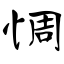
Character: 惆